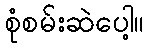
စုံစမ်းဆဲပေါ့။